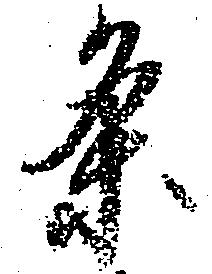
条